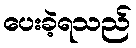
ပေးခဲ့ရသည်